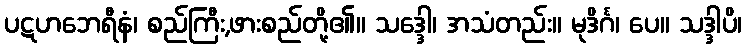
ပဋဟဘေရီနံ၊ စည်ကြီး,ဖားစည်တို့၏။ သဒ္ဒေါ၊ အသံတည်း။ မုဒိင်္ဂ၊ ပေ။ သဒ္ဒါပိ၊